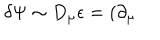
LaTeX: \delta \Psi \sim D _ { \mu } \epsilon = ( \partial _ { \mu }